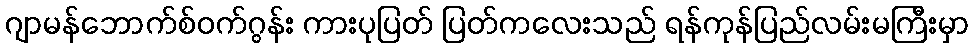
ဂျာမန်ဘောက်စ်ဝက်ဂွန်း ကားပုပြတ် ပြတ်ကလေးသည် ရန်ကုန်ပြည်လမ်းမကြီးမှာ